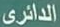
الدائري